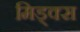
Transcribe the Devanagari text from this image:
मिड्क्स